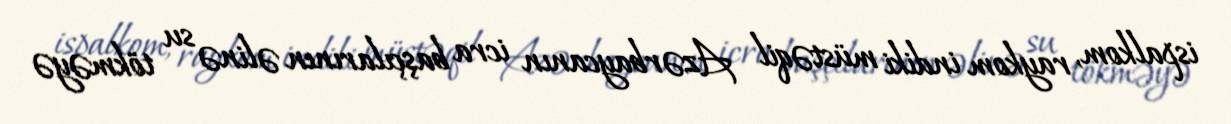
ispalkom, raykom indiki müstəqil Azərbaycanın icra başçılarının əlinə su tökməyə